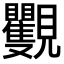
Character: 𧢭